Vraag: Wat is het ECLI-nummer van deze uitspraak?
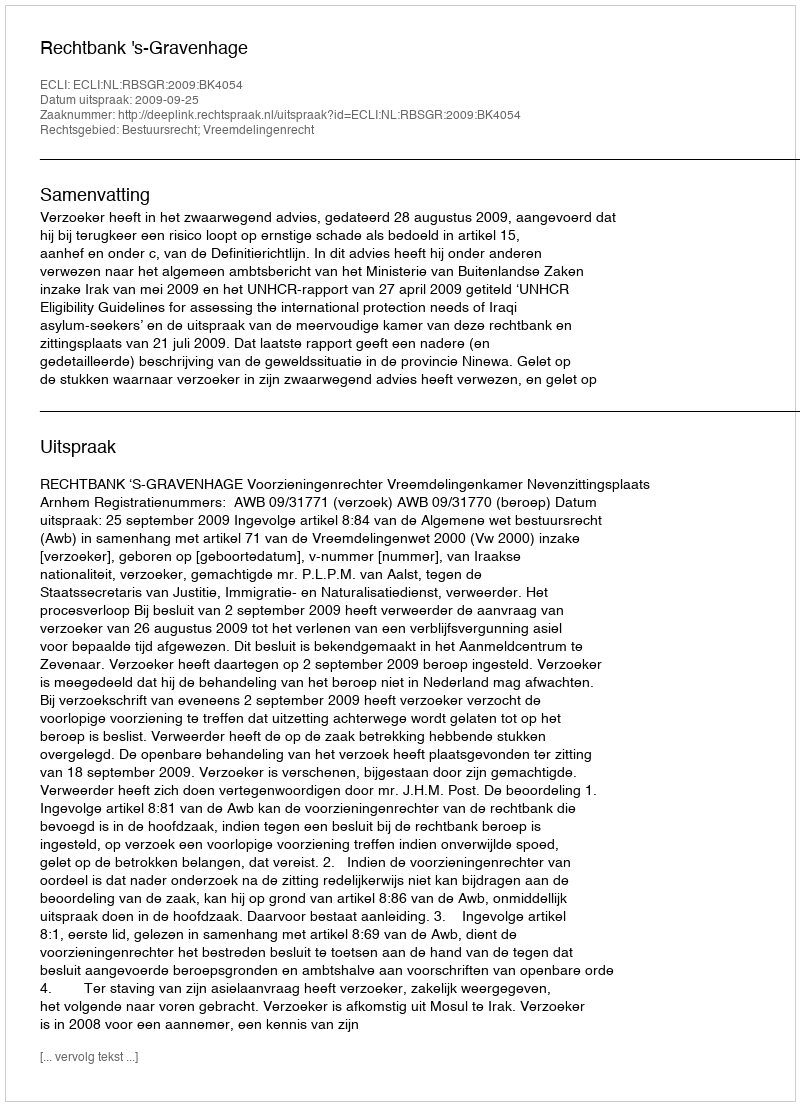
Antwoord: ECLI:NL:RBSGR:2009:BK4054